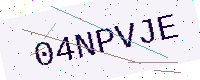
Text: 04NPVJE